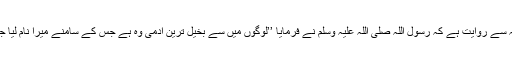
‘‘ (ترمذی) حضرت ابو ذر رضی اللہ عنہ سے روایت ہے کہ رسول اللہ صلی اللہ علیہ وسلم نے فرمایا ’’لوگوں میں سے بخیل ترین آدمی وہ ہے جس کے سامنے میرا نام لیا جائے ا ور وہ میرے اوپر درود نہ بھیجے۔